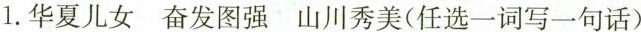
1.华夏儿女奋发图强山川秀美(任选一词写一句话)